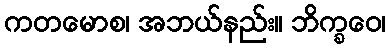
ကတမောစ၊ အဘယ်နည်း။ ဘိက္ခဝေ၊